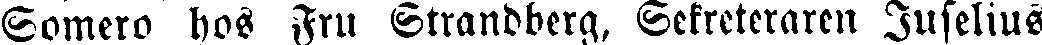
Somero hos Fru Strandberg, Sekreteraren Juselius